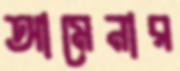
আমেনার